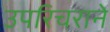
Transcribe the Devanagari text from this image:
उपरिचराने